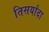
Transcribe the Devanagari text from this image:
तिसर्यांदा